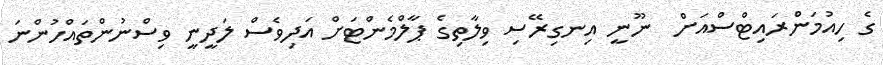
ގެ ހިއުމަންރައިޓްސްއަށް  ނޫނީ އިނގިރޭސި ވިލާތިގެ ޕާލްމެންޓަށް އަދިވެސް ލަދީނީ ވިސްނުންތައްހުންނަ